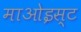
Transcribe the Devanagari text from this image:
माओइस्ट